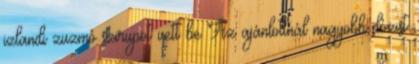
izlandi zuzmó szirupot vett be Az ajánlottnál nagyobb dózist